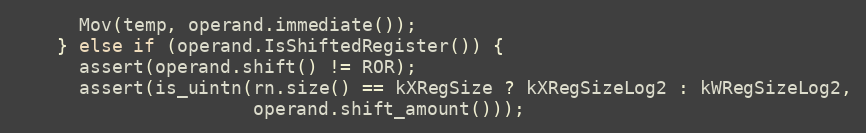
Language: C++
      Mov(temp, operand.immediate());
    } else if (operand.IsShiftedRegister()) {
      assert(operand.shift() != ROR);
      assert(is_uintn(rn.size() == kXRegSize ? kXRegSizeLog2 : kWRegSizeLog2,
                      operand.shift_amount()));